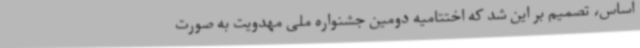
اساس، تصمیم بر این شد که اختتامیه دومین جشنواره ملی مهدویت به صورت